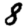
Digit: 8